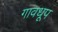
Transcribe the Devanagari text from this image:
गावधूप